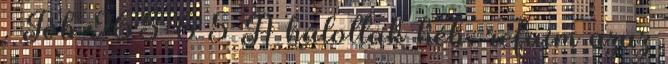
. Jób 26:5-6 5 A halottak héb. refaim azaz